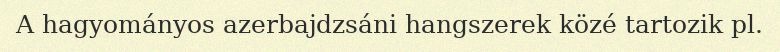
A hagyományos azerbajdzsáni hangszerek közé tartozik pl.